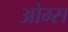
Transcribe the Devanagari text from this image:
ओम्स